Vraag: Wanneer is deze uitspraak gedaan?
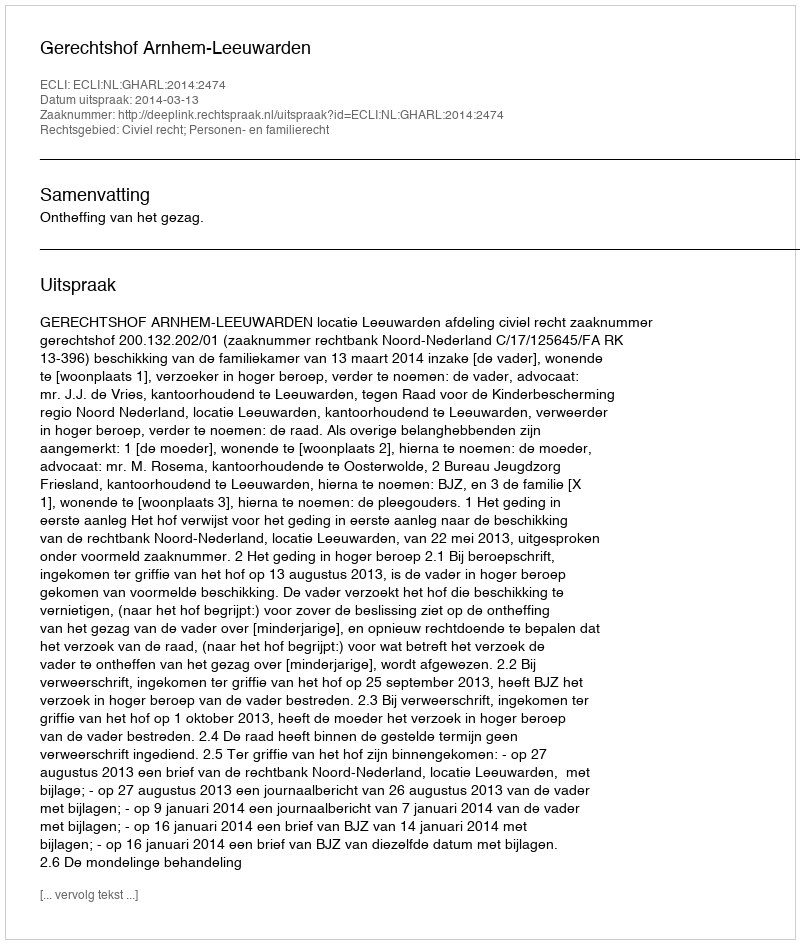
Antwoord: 2014-03-13